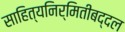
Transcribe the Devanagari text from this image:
साहित्यनिर्मितीबद्दल